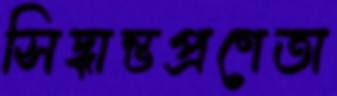
সিদ্ধান্তপ্রণেতা